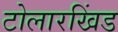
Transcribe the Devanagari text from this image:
टोलारखिंड